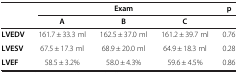
<table><thead><tr><td rowspan="2"><b> </b></td><td colspan="3"><b>Exam</b></td><td><b>p</b></td></tr><tr><td><b>A</b></td><td><b>B</b></td><td><b>C</b></td><td><b> </b></td></tr></thead><tbody><tr><td><b>LVEDV</b></td><td>161.7 ± 33.3 ml</td><td>162.5 ± 37.0 ml</td><td>161.2 ± 39.7 ml</td><td>0.76</td></tr><tr><td><b>LVESV</b></td><td>67.5 ± 17.3 ml</td><td>68.9 ± 20.0 ml</td><td>64.9 ± 18.3 ml</td><td>0.28</td></tr><tr><td><b>LVEF</b></td><td>58.5 ± 3.2%</td><td>58.0 ± 4.3%</td><td>59.6 ± 4.5%</td><td>0.86</td></tr></tbody></table>